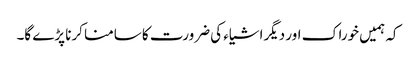
کہ ہمیں خوراک اور دیگراشیاء کی ضرورت کا سامنا کرنا پڑے گا۔